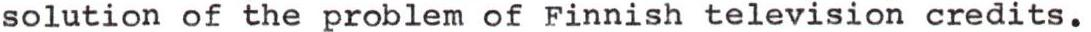
solution of the problem of Finnish television credits.